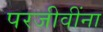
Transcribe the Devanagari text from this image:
परजीवींना